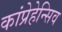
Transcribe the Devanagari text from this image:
कांप्रेहेन्सिव